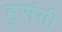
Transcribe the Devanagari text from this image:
हुसंगी